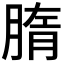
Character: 𦝦